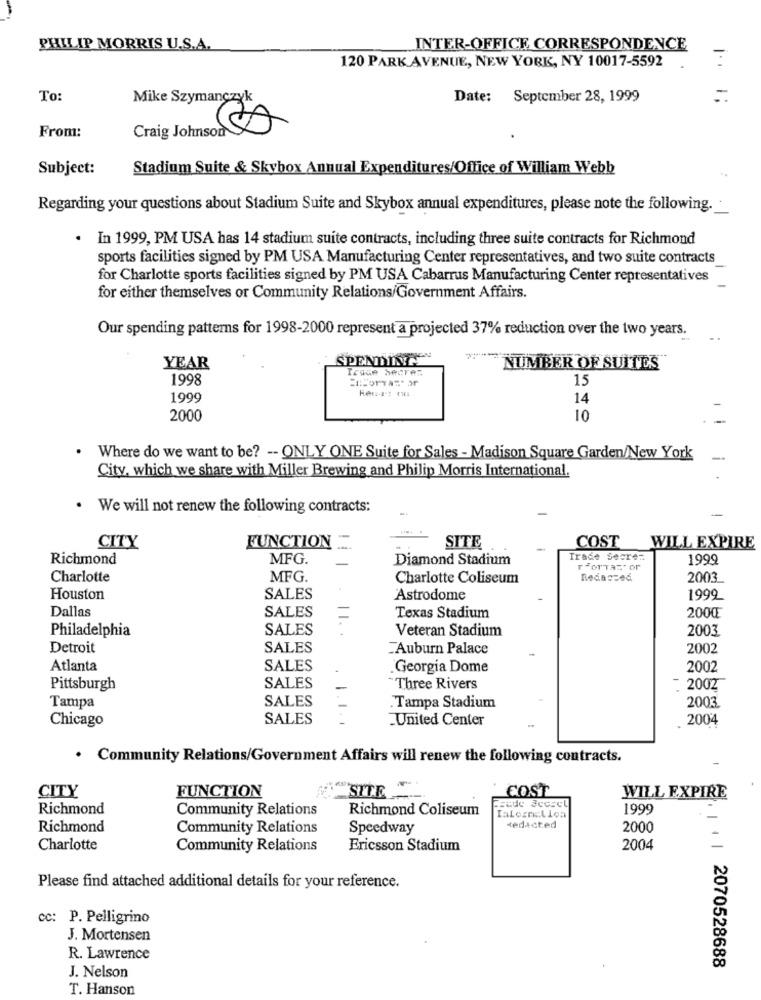
PHILIP MORRIS U.S.A.
INTER-OFFICE CORRESPONDENCE
120 PARK AVENUE, NEW YORK, NY 10017-5592
To:
Mike Szymanczyk
Date: September 28, 1999
Craig Johnson
From:
Subject:
Stadium Suite & Skybox Annual Expenditures/Office of William Webb
Regarding your questions about Stadium Suite and Skybox annual expenditures, please note the following .-
. In 1999, PM USA has 14 stadium suite contracts, including three suite contracts for Richmond
sports facilities signed by PM USA Manufacturing Center representatives, and two suite contracts
for Charlotte sports facilities signed by PM USA Cabarrus Manufacturing Center representatives
for either themselves or Community Relations/Government Affairs.
Our spending patterns for 1998-2000 represent a projected 37% reduction over the two years.
YEAR
Trade Secret
NUMBER OF SUITES
1998
15
1999
14
2000
10
Where do we want to be? -- ONLY ONE Suite for Sales - Madison Square Garden/New York
City, which we share with Miller Brewing and Philip Morris International.
.
We will not renew the following contracts:
COST
WILL EXPIRE
CITY
FUNCTION
SITE
Richmond
MFG.
Diamond Stadium
Trade Secren
1999
FFOTTAR' or
Charlotte
MFG.
Charlotte Coliseum
Redaszed
2003
Houston
SALES
Astrodome
1999
Dallas
SALES
Texas Stadium
200
Philadelphia
SALES
Veteran Stadium
2003
Detroit
SALES
Auburn Palace
2002
Atlanta
SALES
Georgia Dome
2002
Pittsburgh
SALES
*Three Rivers
: 2002
SALES
Tampa
.Tampa Stadium
2003
Chicago
SALES
United Center
2004
. Community Relations/Government Affairs will renew the following contracts.
-
FUNCTION
COST
CITY
"SITE"
WILL EXPIRE
Richmond
Community Relations
Richmond Coliseum
1999
Ialesrielloa
Richmond
Community Relations
Speedway
redacted
2000
Charlotte
Community Relations
Ericsson Stadium
2004
Please find attached additional details for your reference.
cc: P. Pelligrino
J. Mortensen
R. Lawrence
| 1 2070528688
J. Nelson
T. Hanson